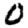
Digit: 0